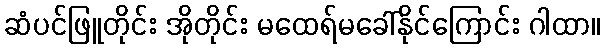
ဆံပင်ဖြူတိုင်း အိုတိုင်း မထေရ်မခေါ်နိုင်ကြောင်း ဂါထာ။